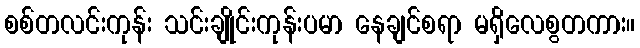
စစ်တလင်းကုန်း သင်းချိုင်းကုန်းပမာ နေချင်စရာ မရှိလေစွတကား။